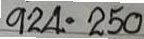
924 = 250